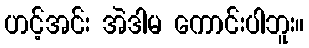
ဟင့်အင်း အဲဒါမ ကောင်းပါဘူး။